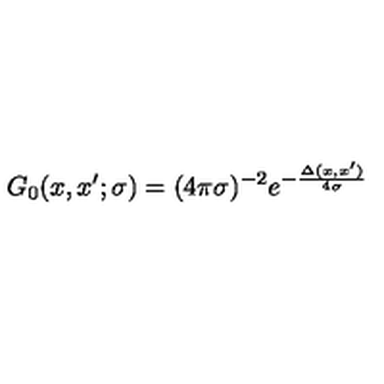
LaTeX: G _ { 0 } ( x , x ^ { \prime } ; \sigma ) = ( 4 \pi \sigma ) ^ { - 2 } e ^ { - \frac { \Delta ( x , x ^ { \prime } ) } { 4 \sigma } }